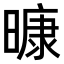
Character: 𭧠